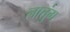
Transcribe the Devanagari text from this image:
लातुंग